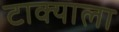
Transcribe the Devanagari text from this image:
टाक्याला